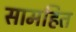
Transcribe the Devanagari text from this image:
सामहित